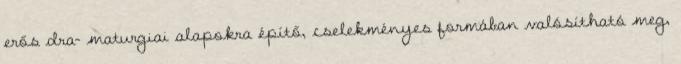
erős dra- maturgiai alapokra építő, cselekményes formában valósítható meg,